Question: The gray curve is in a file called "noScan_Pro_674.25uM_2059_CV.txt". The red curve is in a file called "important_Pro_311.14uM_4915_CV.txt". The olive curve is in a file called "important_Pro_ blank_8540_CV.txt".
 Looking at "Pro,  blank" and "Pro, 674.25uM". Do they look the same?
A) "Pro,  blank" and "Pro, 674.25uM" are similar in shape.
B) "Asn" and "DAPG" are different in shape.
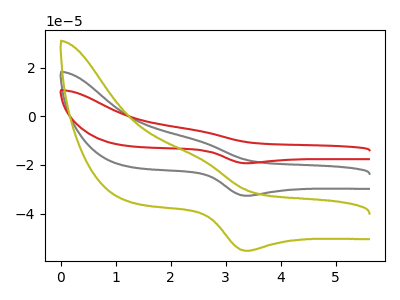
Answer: <think>The gray curve "Pro, 674.25uM" has an anodic peak at (2.50V, -10.00uA) and a cathodic peak at (3.40V, -32.65uA). The red curve "Pro, 311.14uM" has an anodic peak at (2.50V, -20.00uA) and a cathodic peak at (3.40V, -65.35uA). The olive curve "Pro,  blank" has an anodic peak at (2.50V, -16.95uA) and a cathodic peak at (3.40V, -55.30uA).
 All the peaks in "Pro,  blank" have a peak in "Pro, 674.25uM" at the same potential.</think>
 <answer>A) "Pro,  blank" and "Pro, 674.25uM" are similar in shape.</answer>
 <eval>A</eval>